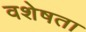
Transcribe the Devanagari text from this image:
वशेषता